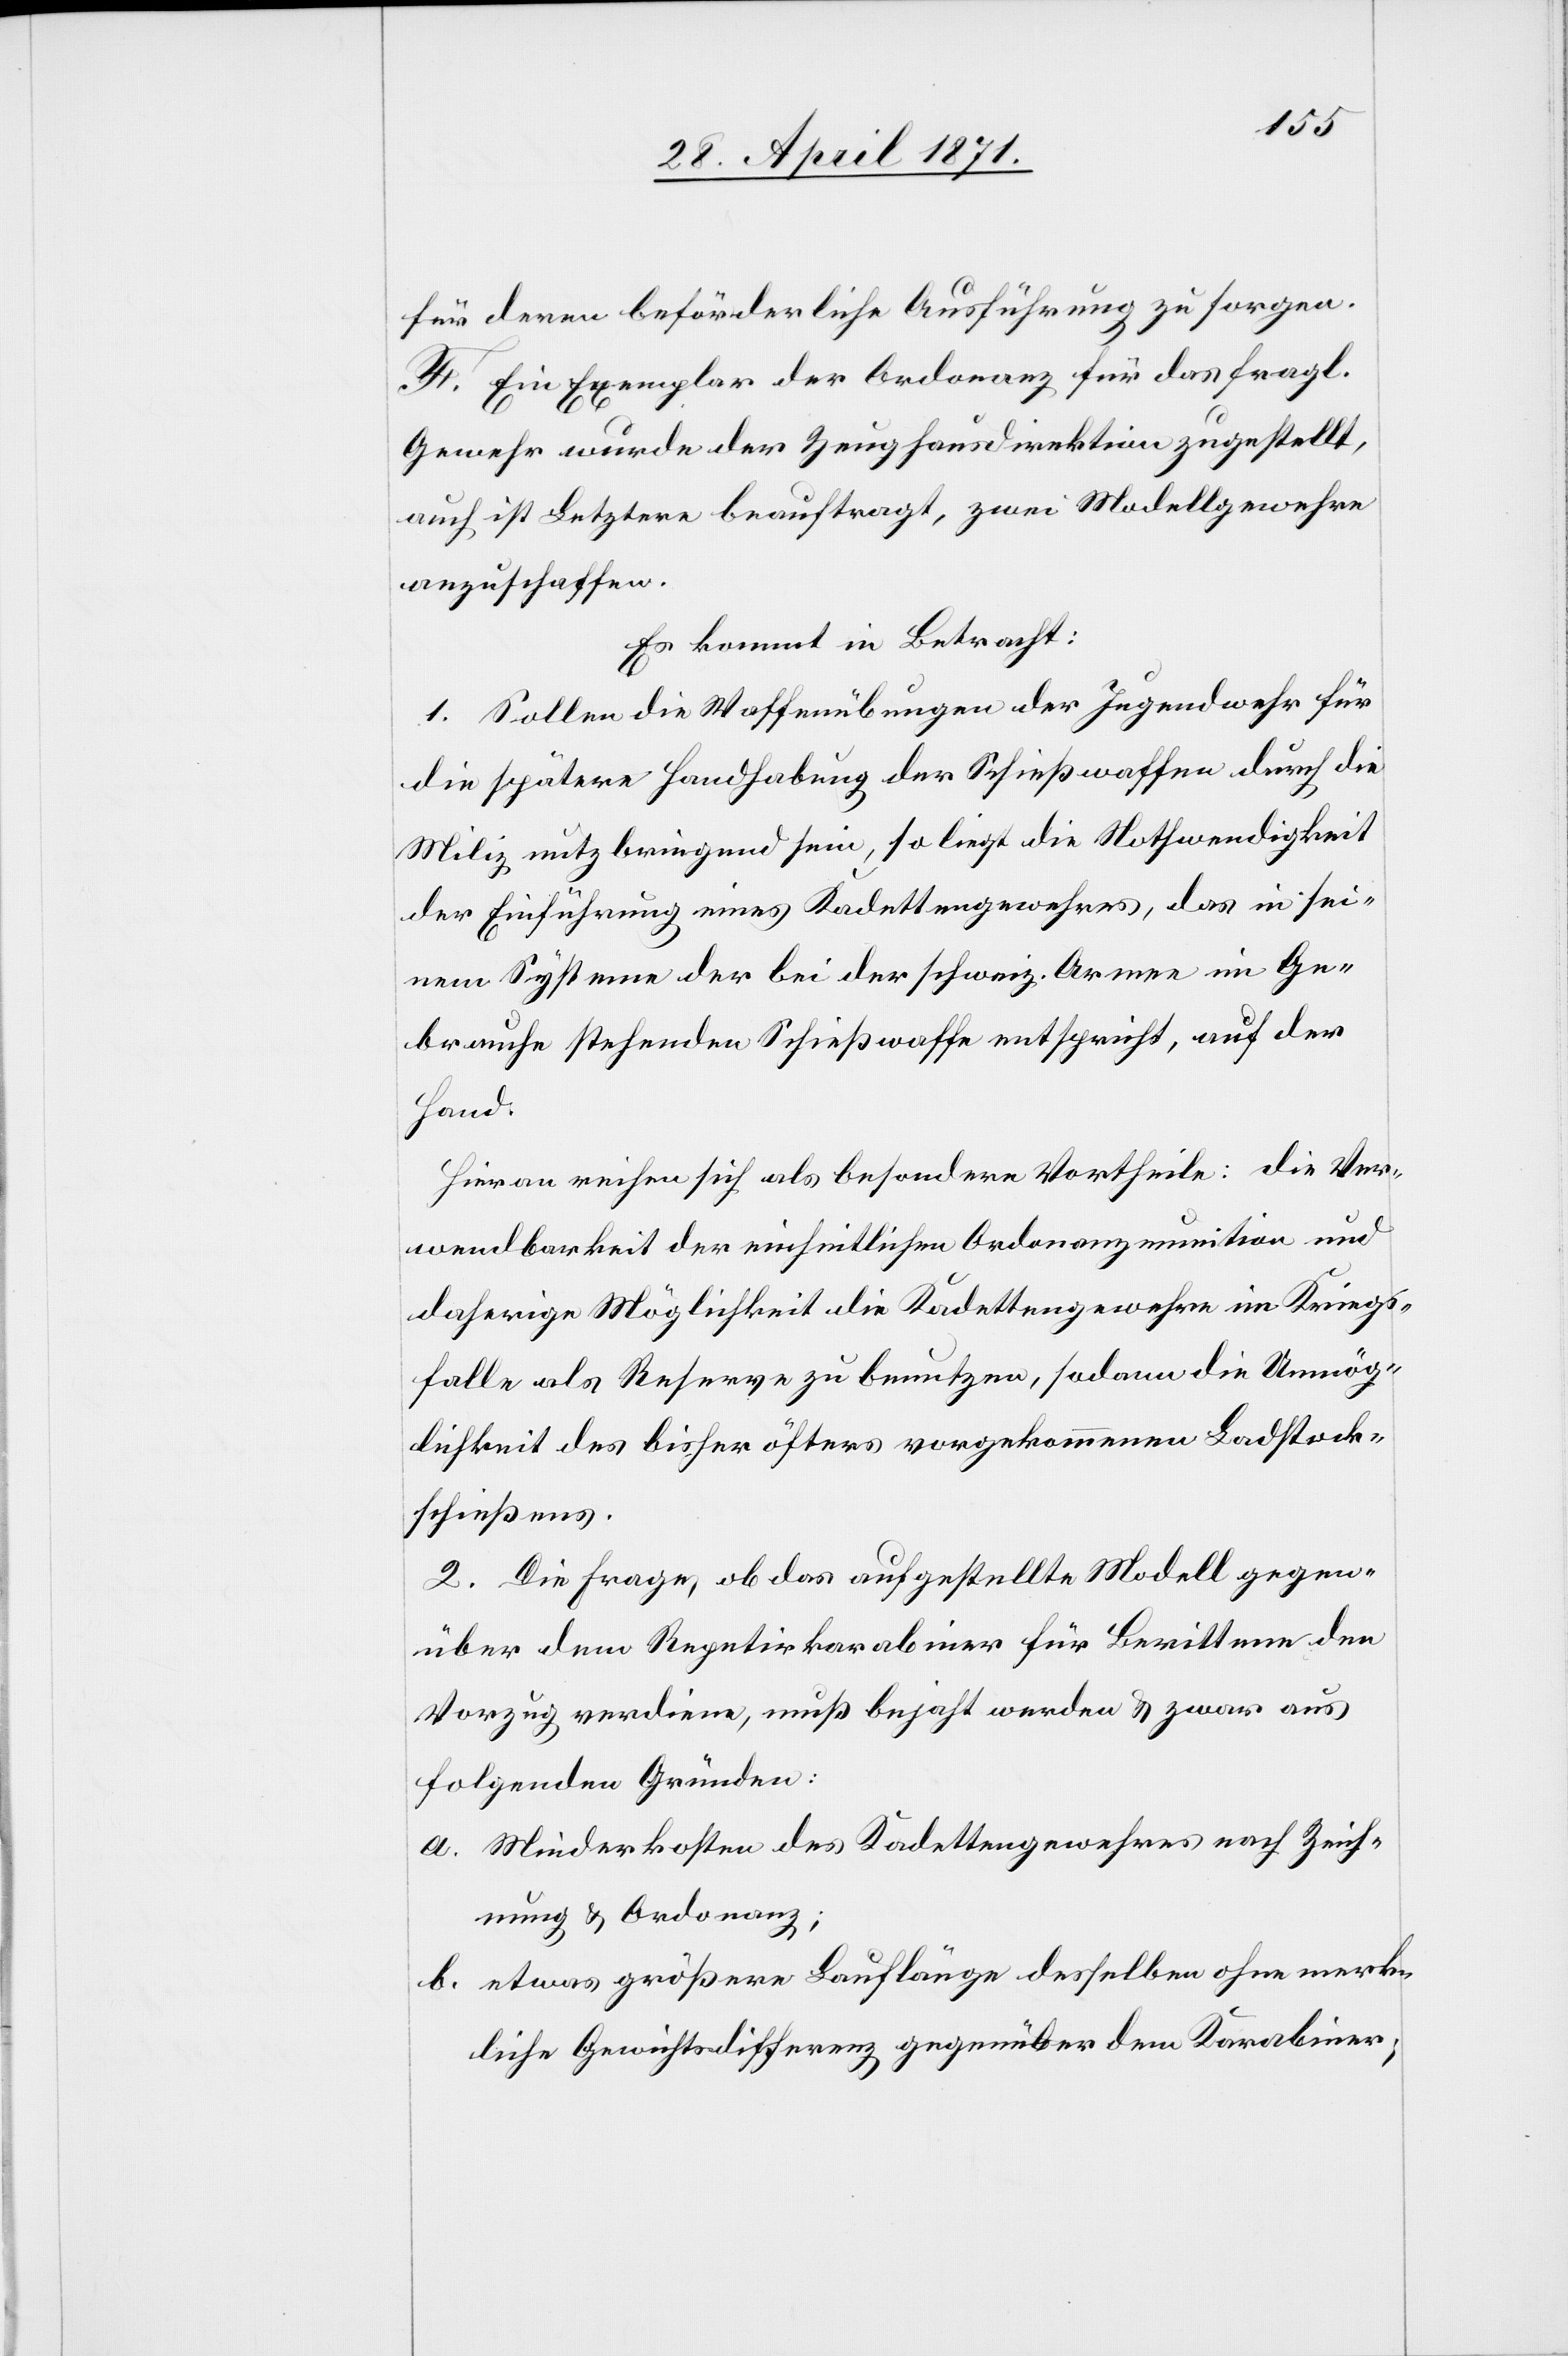
für deren beförderliche Ausführung zu sorgen.
F. Ein Exemplar der Ordonanz für das fragl.
Gewehr wurde der Zeughausdirektion zugestellt,
auch ist Letztere beauftragt, zwei Modellgewehre
anzuschaffen.
Es kommt in Betracht:
1. Sollen die Waffenübungen der Jugendwehr für
die spätere Handhabung der Schießwaffen durch die
Miliz nutz bringend sein, so liegt die Nothwendigkeit
der Einführung eines Kadettengewehres, das in sei¬
nem Systeme der bei der schweiz. Armee im Ge¬
brauche stehenden Schießwaffe entspricht, auf der
Hand.
Hieran reihen sich als besondere Vortheile: die Ver¬
wendbarkeit der einheitlichen Ordonanzmunition und
daherige Möglichkeit die Kadettengewehre im Kriegs¬
falle als Reserve zu benutzen, sodann die Unmög¬
lichkeit des bisher öfters vorgekommenen Ladstock¬
schießens.
2. Die Frage, ob das aufgestellte Modell gegen¬
über dem Repetirkarabiner für Berittene den
Vorzug verdiene, muß bejaht werden u. zwar aus
folgenden Gründen:
a. Minderkosten des Kadettengewehres nach Zeich¬
nung u. Ordonanz;
b. etwas größere Lauflänge desselben ohne merk¬
liche Gewichtsdifferenz gegenüber dem Karabiner;